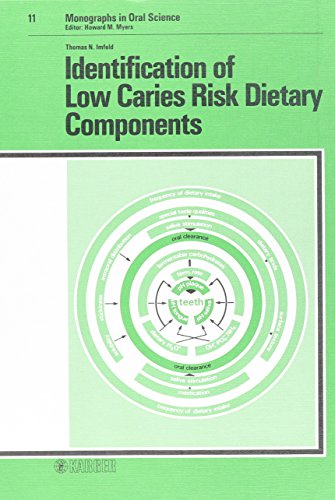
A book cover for Identification of Low Caries Risk Dietary Components (Monographs in Oral Science); T. N. Imfeld; Medical Books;